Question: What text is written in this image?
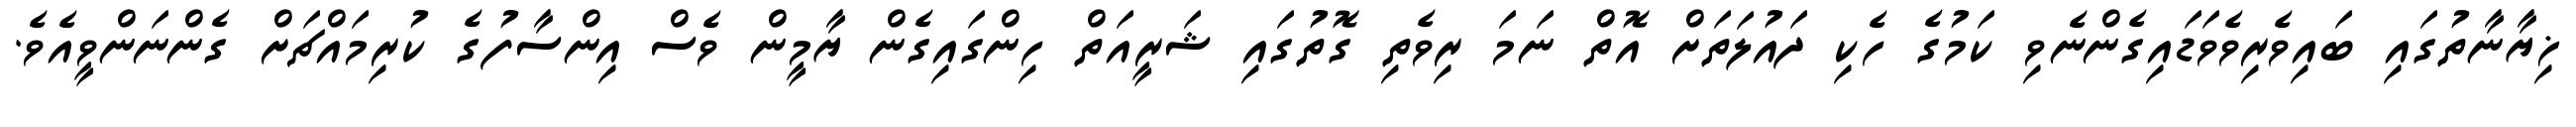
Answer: ޚިޔާނާތުގައި ބައިވެރިވެވަޑައިގެންނެވި ކަމުގެ ހެކި ދައުލަތަށް އޮތް ނަމަ ރިވެތި ގޮތުގައި ޝަރީއަތް ހިންގައިގެން ޔާމީން ވެސް އިންސާފުގެ ކުރިމައްޗަށް ގެންނަންވީއެވެ.